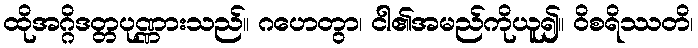
ထိုအဂ္ဂိဒတ္တပုဏ္ဏားသည်။ ဂဟေတွာ၊ ငါ၏အမည်ကိုယူ၍။ ဝိစရိဿတိ၊